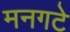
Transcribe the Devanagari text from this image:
मनगटे